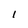
Character: l